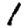
Digit: 1